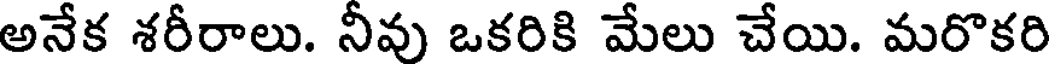
అనేక శరీరాలు. నీవు ఒకరికి మేలు చేయి. మరొకరి